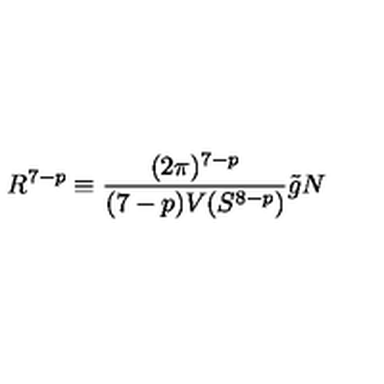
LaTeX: R ^ { 7 - p } \equiv \frac { ( 2 \pi ) ^ { 7 - p } } { ( 7 - p ) V ( S ^ { 8 - p } ) } \tilde { g } N